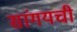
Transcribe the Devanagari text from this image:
सांगयची